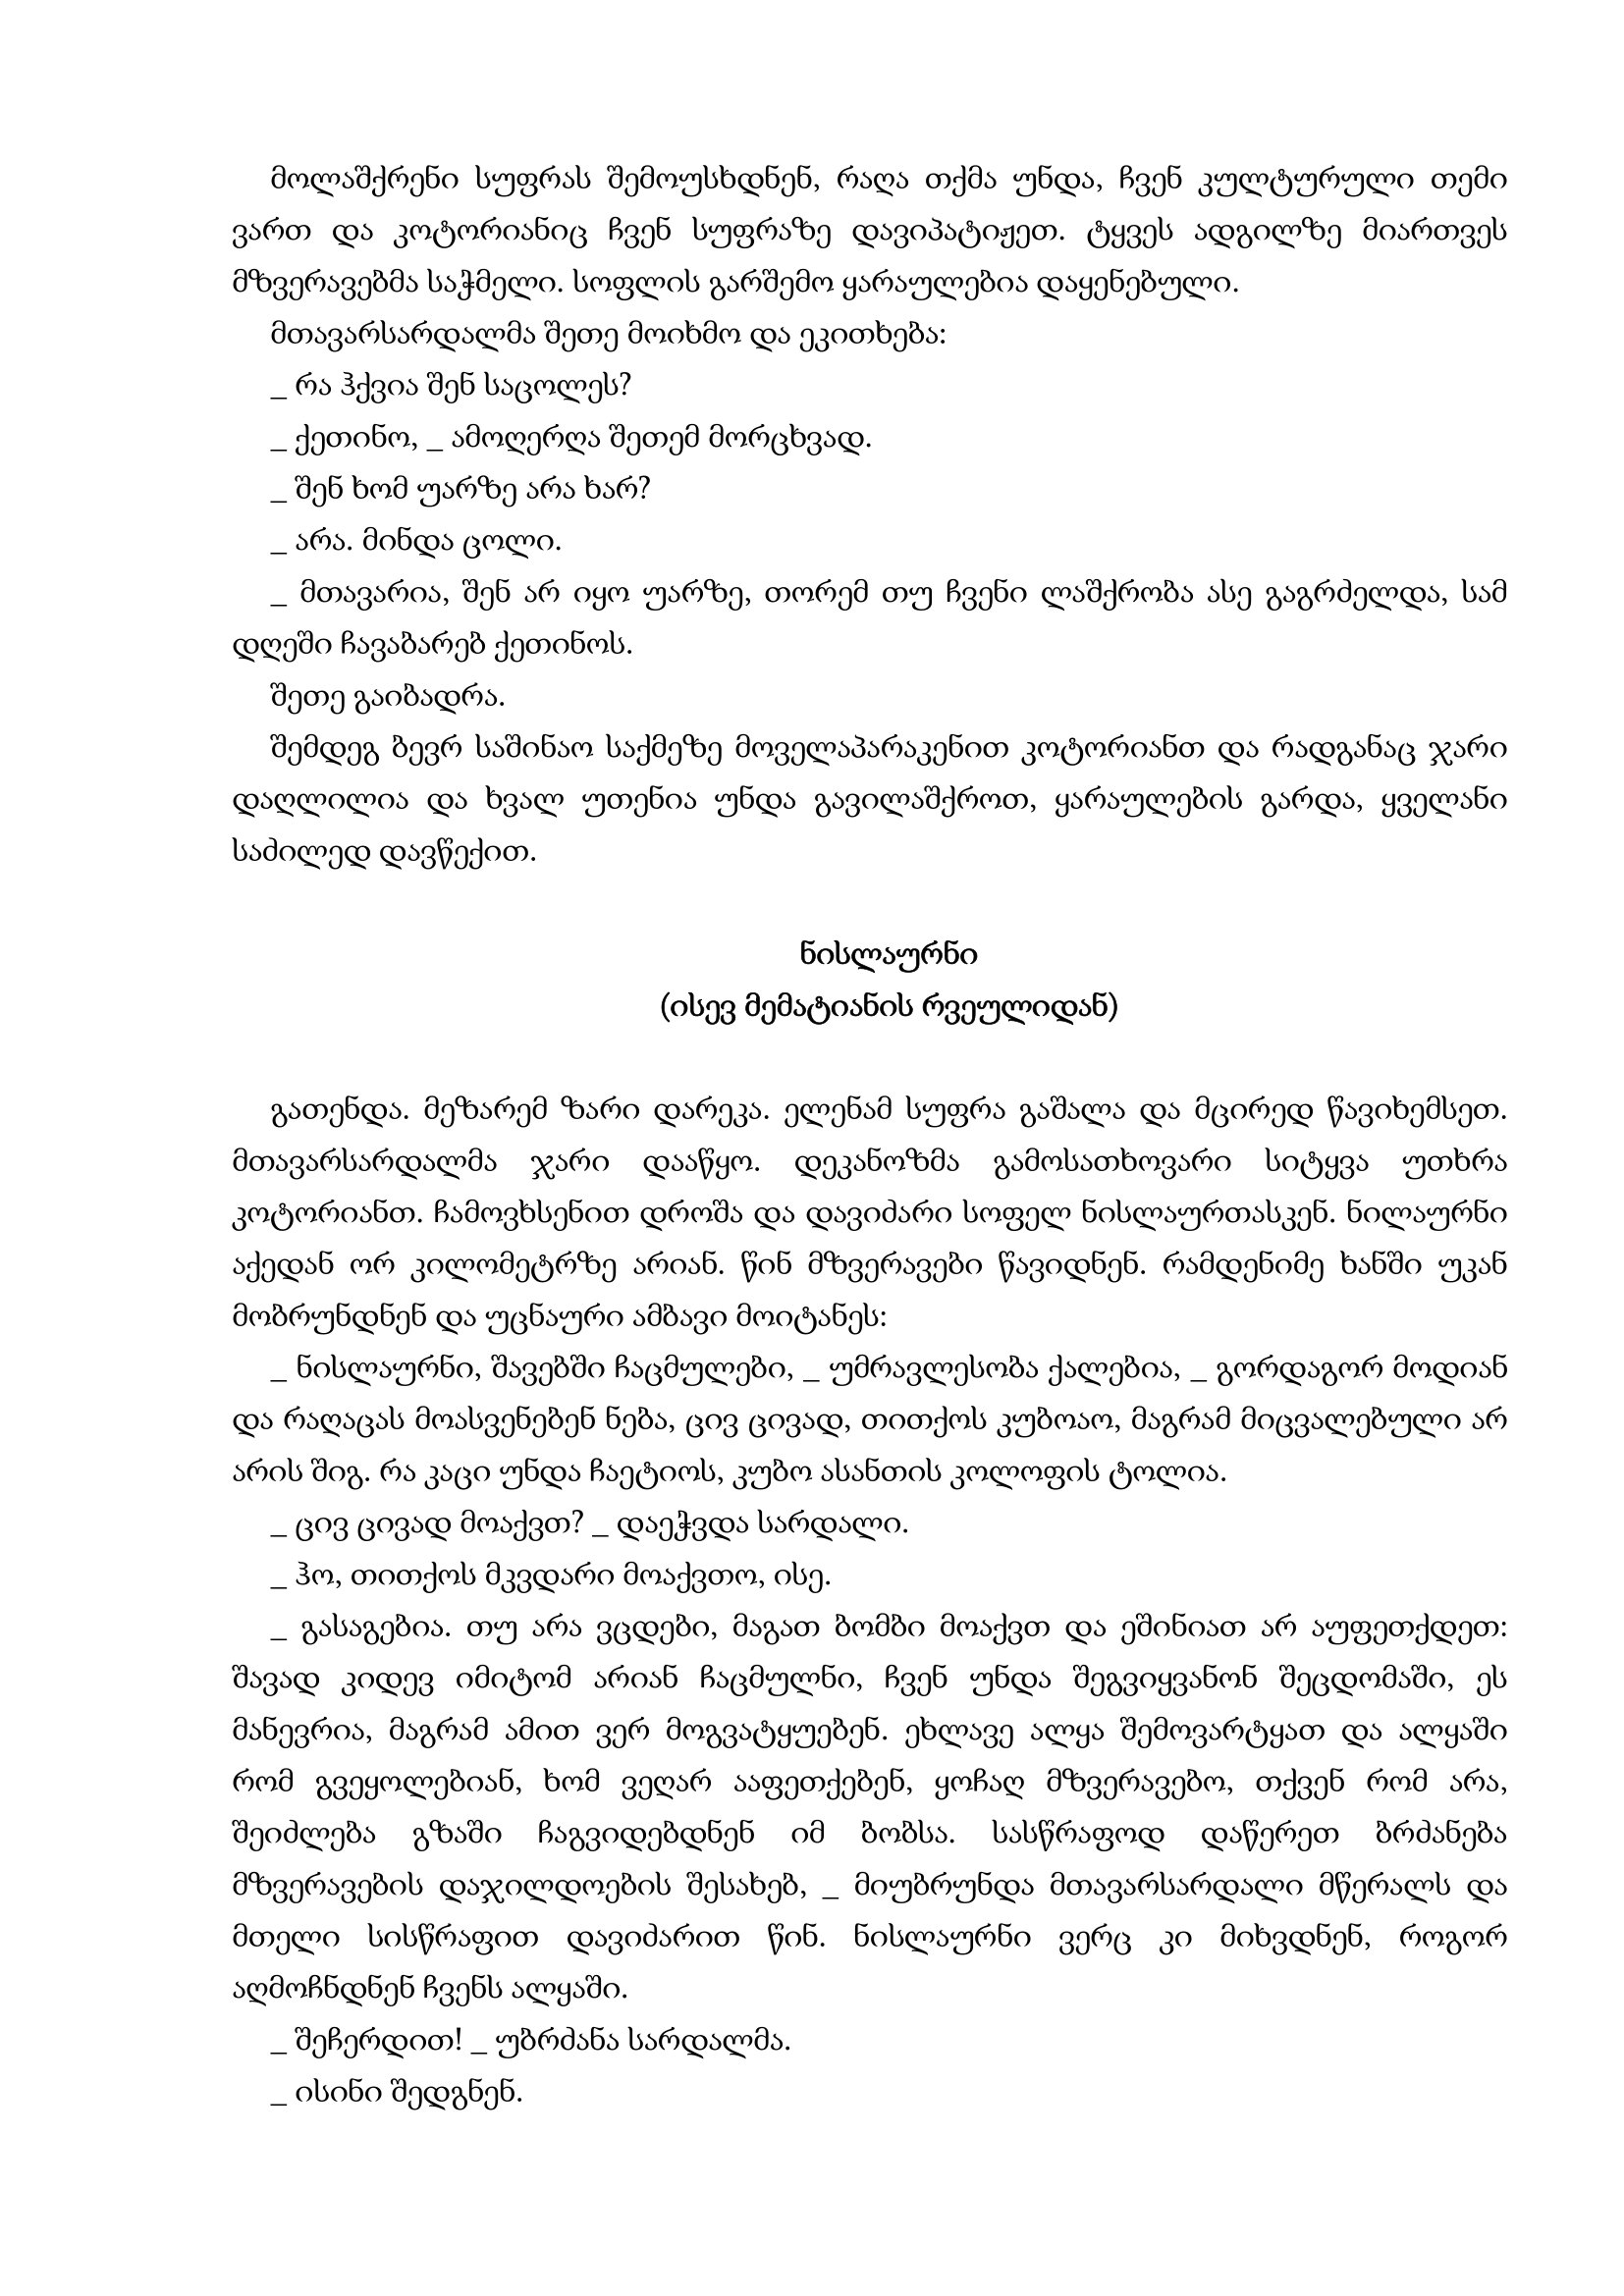
Language: gr